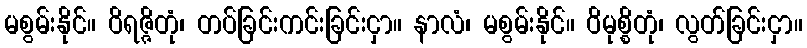
မစွမ်းနိုင်။ ဝိရဇ္ဇိတုံ၊ တပ်ခြင်းကင်းခြင်းငှာ။ နာလံ၊ မစွမ်းနိုင်။ ဝိမုစ္စိတုံ၊ လွတ်ခြင်းငှာ။